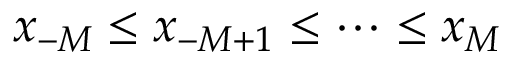
x _ { - M } \leq x _ { - M + 1 } \leq \cdots \leq x _ { M }